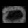
Digit: ၀